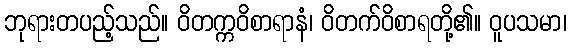
ဘုရားတပည့်သည်။ ဝိတက္ကဝိစာရာနံ၊ ဝိတက်ဝိစာရတို့၏။ ဝူပသမာ၊